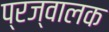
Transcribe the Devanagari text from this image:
प्रज्वालक